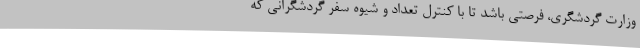
وزارت گردشگری، فرصتی باشد تا با کنترل تعداد و شیوه سفر گردشگرانی که